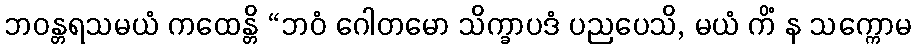
ဘဝန္တရသမယံ ကထေန္တိ “ဘဝံ ဂေါတမော သိက္ခာပဒံ ပညပေသိ, မယံ ကိံ န သက္ကောမ